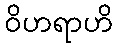
ဝိဟရာဟိ